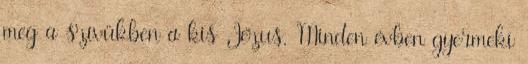
meg a szívükben a kis Jézus. Minden évben gyermeki